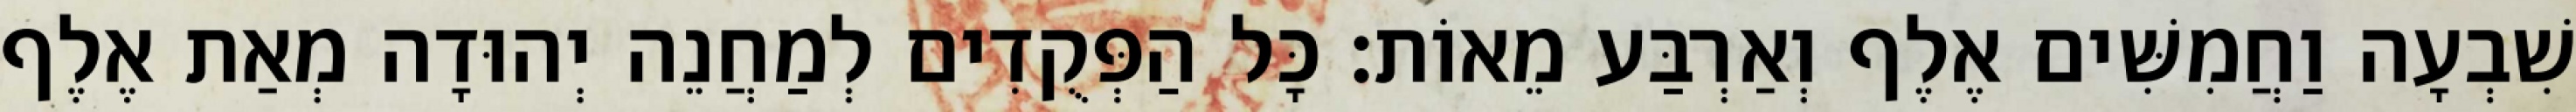
שִׁבְעָה וַחֲמִשִּׁים אֶלֶף וְאַרְבַּע מֵאוֹת׃ כָּל הַפְּקֻדִים לְמַחֲנֵה יְהוּדָה מְאַת אֶלֶף